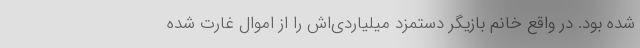
شده بود. در واقع خانم بازیگر دستمزد میلیاردی‌اش را از اموال غارت شده